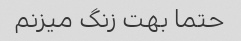
حتما بهت زنگ میزنم